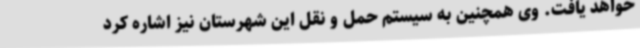
خواهد یافت. وی همچنین به سیستم حمل و نقل این شهرستان نیز اشاره کرد